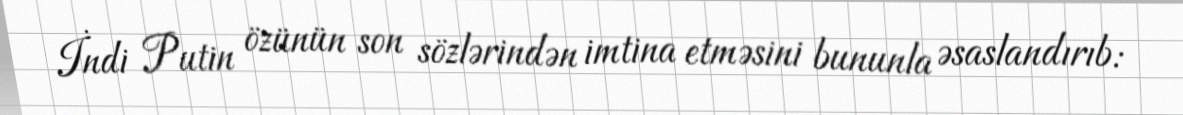
İndi Putin özünün son sözlərindən imtina etməsini bununla əsaslandırıb: